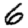
Digit: 6